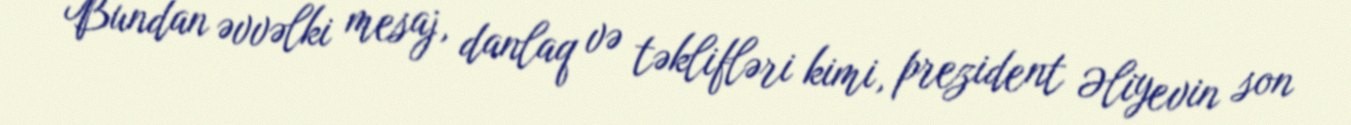
Bundan əvvəlki mesaj, danlaq və təklifləri kimi, prezident Əliyevin son